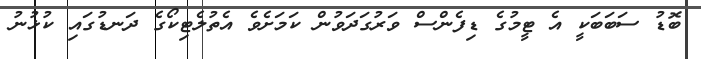
ބޮޑު ސަބަބަކީ އެ ޓީމުގެ ޑިފެންސް ވަރުގަދަވުން ކަމަށެވެ އެތުލެޓިކޯގެ ދަނޑުގައި ކުޅުނު